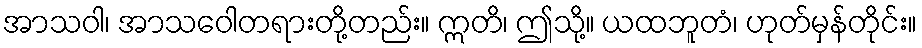
အာသဝါ၊ အာသဝေါတရားတို့တည်း။ ဣတိ၊ ဤသို့။ ယထဘူတံ၊ ဟုတ်မှန်တိုင်း။